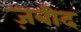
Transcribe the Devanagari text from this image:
ज़बीद